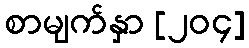
စာမျက်နှာ [၂၀၄]